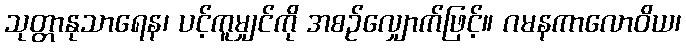
သုတ္တာနုသာရေန၊ ပင့်ကူမျှင်ကို အစဉ်လျှောက်ဖြင့်။ ဂမနကာလောဝိယ၊